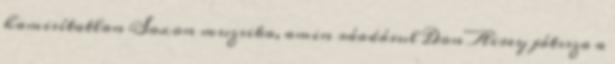
hamisítatlan Saxon muzsika, amin ráadásul Don Airey játssza a